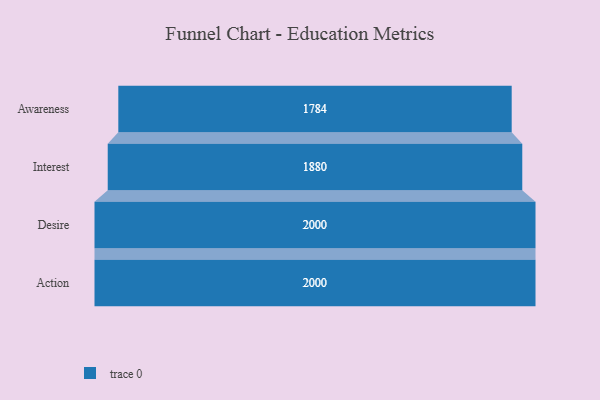
{"axis": {"x": "Stage", "y": "Value"}, "legend": [""], "data": [{"x": "Awareness", "y": 1784.0, "type": ""}, {"x": "Interest", "y": 1880.0, "type": ""}, {"x": "Desire", "y": 2000, "type": ""}, {"x": "Action", "y": 2000, "type": ""}]}